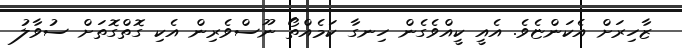
ޒާހިރަށް އެކަންޏެވެ. އެއީ ކީއްވެގެން ހިނގާ ކަމެއްތޯ ނޫސްވެރިން އެކި ގޮތްގޮތަށް ސުވާލު